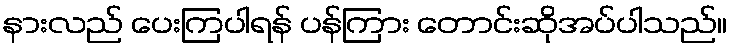
နားလည် ပေးကြပါရန် ပန်ကြား တောင်းဆိုအပ်ပါသည်။